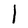
Character: l